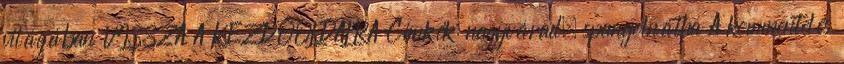
világában VISSZA A KEZDŐOLDALRA Címkék: nagyvárad, spanyolnátha A kommentelés